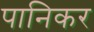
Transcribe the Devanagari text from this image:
पानिकर